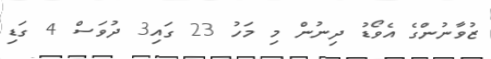
ޒުވާނުންގެ އެވޯޑު ދިނުން މި މަހު 23 ގައި3 ދުވަސް 4 ގަޑި